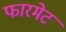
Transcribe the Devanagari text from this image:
फारमेट